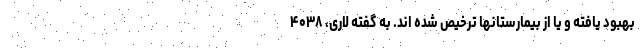
بهبود یافته و یا از بیمارستانها ترخیص شده اند. به گفته لاری، ۴۰۳۸